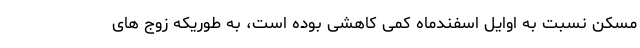
مسکن نسبت به اوایل اسفندماه کمی کاهشی بوده است، به طوریکه زوج های